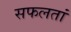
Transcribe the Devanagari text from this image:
सफलतां